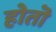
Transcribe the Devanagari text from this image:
होतॊ